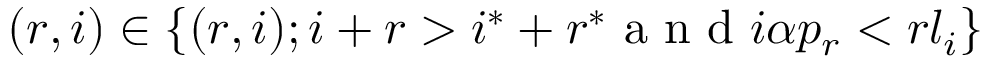
( r , i ) \in \{ ( r , i ) ; i + r > i ^ { * } + r ^ { * } \mathrm { ~ a ~ n ~ d ~ } i \alpha p _ { r } < r l _ { i } \}